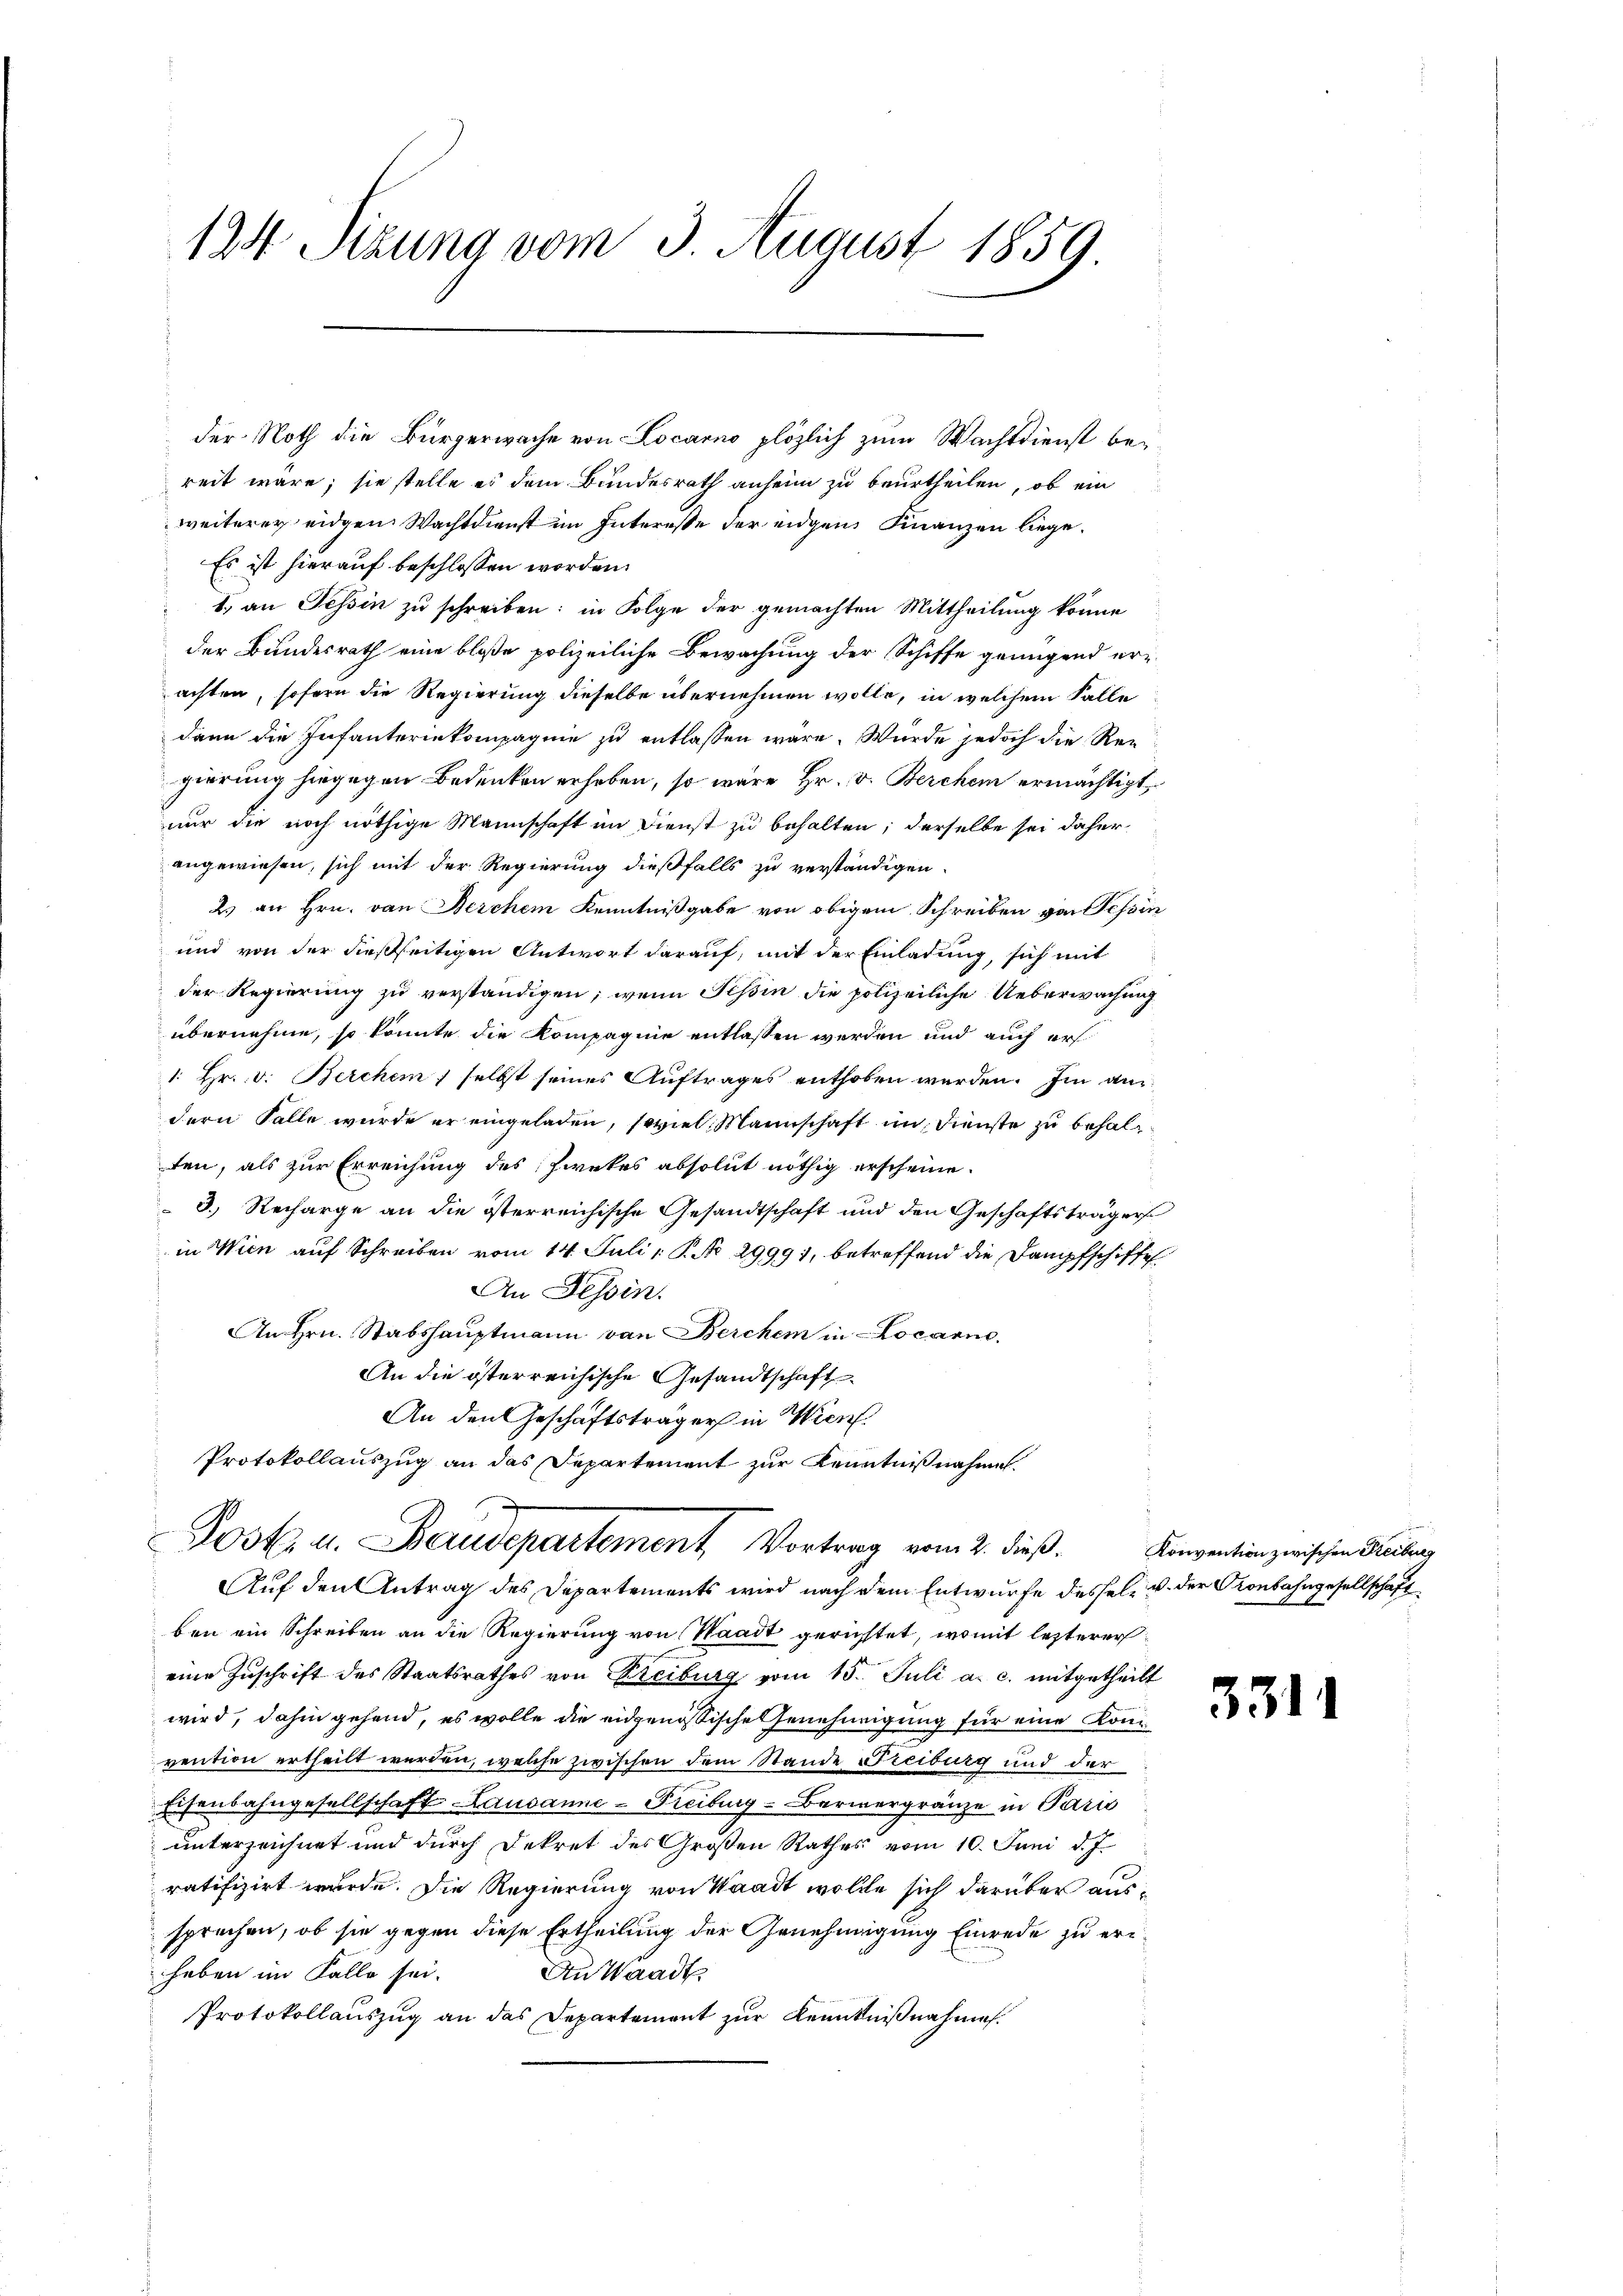
124 Sizung vom 3. August 1859.

Es ist hierauf beschlossen worden.
1. an Tessin zu schreiben; in Folge der gemachten Mittheilung könne
der Bundesrath eine bloße polizeiliche Bewachung der Schiffe genügend erachten, sofern die Regierung dieselbe übernehmen wolle, in welchem Falle
dann die Infanteriekompagnie zu entlassen wäre. Würde jedoch die Regierung hingegen Bedenken erheben, so wäre Hr. v. Berchen ermächtigt,
nur die noch nöthige Mannschaft im Dienst zu behalten; derselbe sei daher
angewiesen, sich mit der Regierung dießfalls zu verständigen.
2. an Hrn. von Berchen Kenntnißgabe von obigem Schreiben von Tessin
und von der dießseitigen Antwort darauf, mit der Einladung, sich mit
der Regierung zu verständigen; wenn Tessin die polizeiliche Ueberwachung
übernehme, so könnte die Kompagnie entlassen werden und auch ers
1. Hr. v. Berchen selbst seines Auftrages enthoben werden. Im an
dern Falle wurde er eingeladen, soviel Mannschaft im Dienste zu behalten, als zur Erreichung des Zwekes absolut nöthig erscheine.
3. Recharge an die österreichische Gesandtschaft und den Geschäftsträger
in Wien auf Schreiben vom 14. Juli  P. Nr. 29991, betreffend die Dampfschiffes
An Tessin.
An Hrn. Stabshauptmann von Berchen in Locarno,
An die österreichische Gesandtschaft
An den Geschäftsträger in Wien.
Protokollauszug an das Departement zur Kenntnißnahmen.

der Noth die Bürgerwache von Locarno plözlich zum Wachtdienst bei
reit wäre; sie stelle es dem Bundesrath anheim zu beurtheilen, ob ein
weiterer eidgen Wachtdienst im Interesse der eigen Finanzen liege.

ben ein Schreiben an die Regierung von Waadt gerichtet, womit lezterer
eine Zŭschrift des Staatsrathes von Freiburg vom 15. Juli a. c. mitgetheilt
wird, dahin gehend, es wolle die eidgenössischen Genehmigung für eine Komvention ertheilt werden, welche zwischen dem Stande Freiburg und der
Eisenbahngesellschaft Lausanne-Freiburg - Bernergränze in Paris
unterzeichnet und durch Dekret des Großen Rathes vom 10. Juni d. J.
ratifizirt wurde. Die Regierung von Waadt wollte sich darüber aussprechen, ob sie gegen diese Ertheilung der Genehmigung Einrede zu erihaben im Falle sei.
An Waadt
Protokollauszug an das Departement zur Kenntnißnahmen.

Post. u. Berudepartement Vortrag vom 2. dieß. Konvention zwischen Reibung
Auf den Antrag des Departements wird nach dem Entwurfe dessel u. der Kronbahngesellschaft

331

.